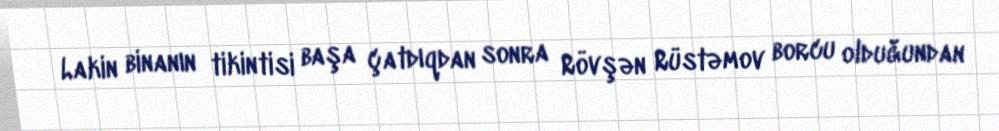
Lakin binanın tikintisi başa çatdıqdan sonra Rövşən Rüstəmov borcu olduğundan